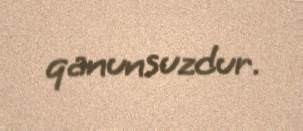
qanunsuzdur.